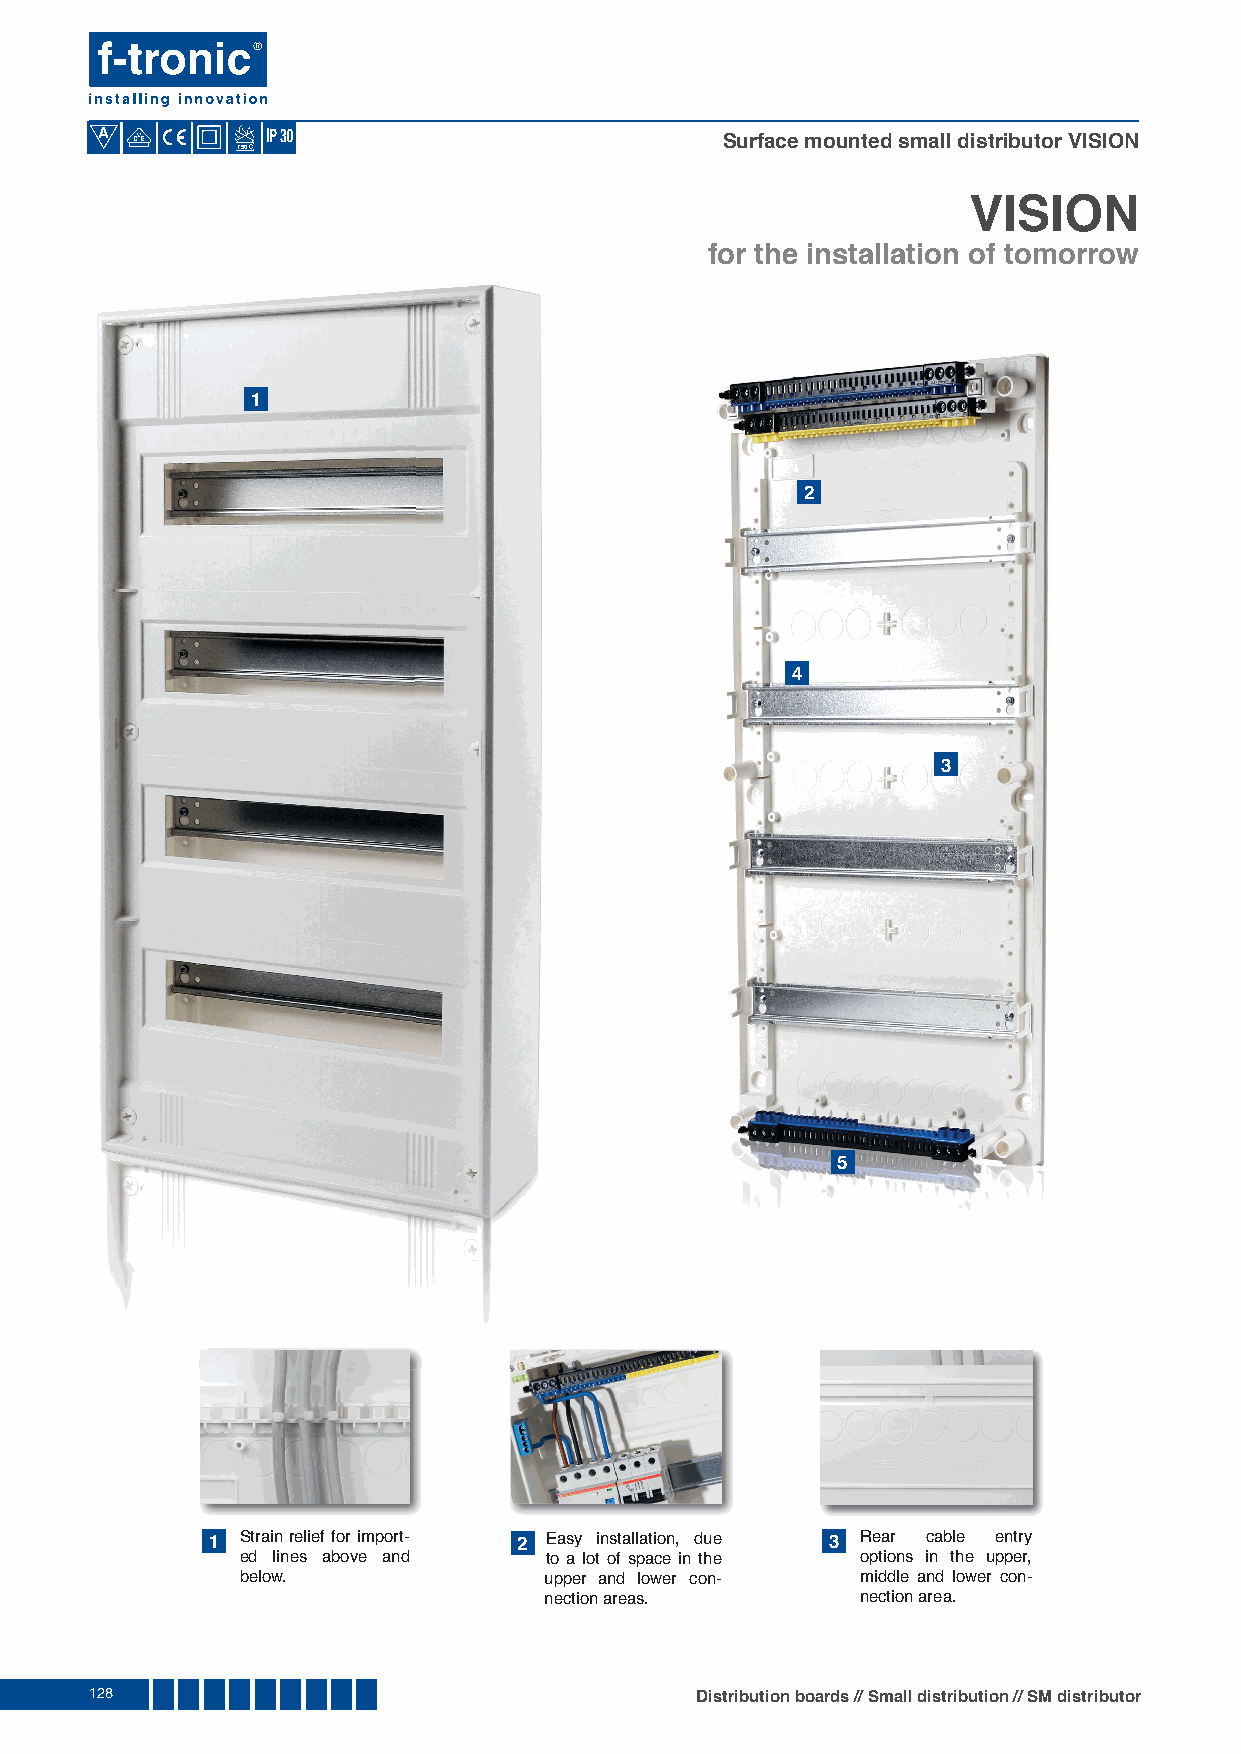
A
 Surface mounted small distributor VISION
 750
 VISION
 for the installation of tomorrow
 1
 2
 4
 3
 5
 1 Strain relief for import- 2 Easy installation, due 3 Rear cable entry
 ed lines above and  to a lot of space in the options in the upper,
 below.              upper and lower con- middle and lower con-
 nection areas.       nection area.
 128                                     Distribution boards // Small distribution // SM distributor